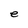
Character: e